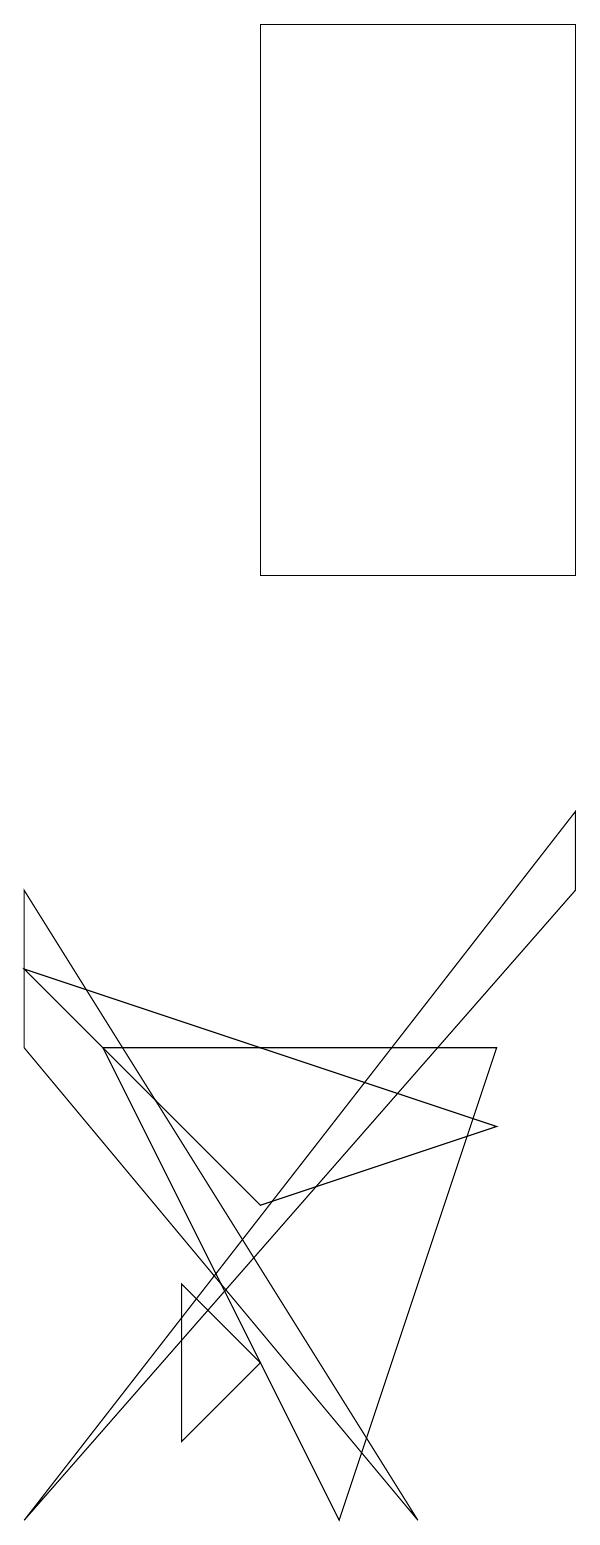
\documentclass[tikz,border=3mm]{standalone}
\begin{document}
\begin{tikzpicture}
\draw (3,3) -- (4,2) -- (3,1) -- cycle;
\draw (5,0) -- (7,6) -- (2,6) -- cycle;
\draw (1,7) -- (4,4) -- (7,5) -- cycle;
\draw (8,19) rectangle (4,12);
\draw (8,9) -- (1,0) -- (8,8) -- cycle;
\draw (6,0) -- (1,8) -- (1,6) -- cycle;
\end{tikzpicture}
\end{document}